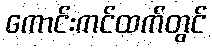
ကောင်းကင်ထက်တွင်